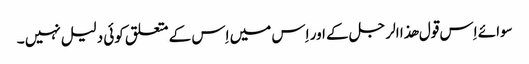
سوائے اِس قول ھذا الر جل کے اور اِس میں اِس کے متعلق کوئی دلیل نہیں ۔